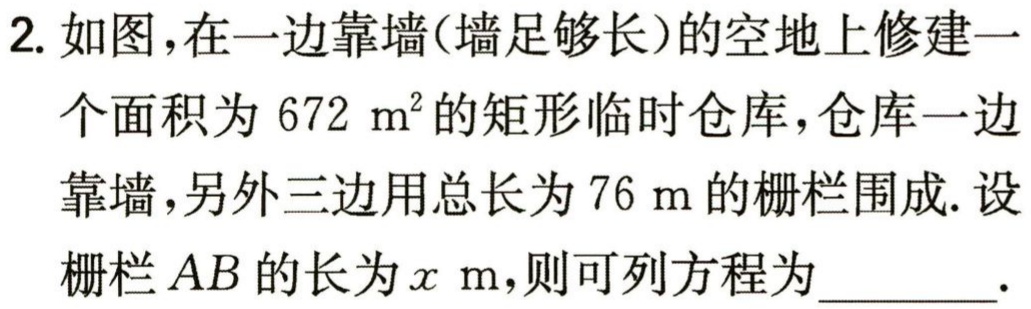
$x(76 - 2x)=672$